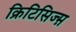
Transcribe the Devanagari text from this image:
क्रिटिसिज्म़